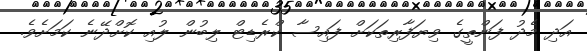
އަދި މެދު ފަންތީގެ ވިޔަފާރިތަކަށް ފައިސާ ކްރެޑިޓް ލިބުން ލުއި ކޮށްދޭނެ ކަމަށެވެ.